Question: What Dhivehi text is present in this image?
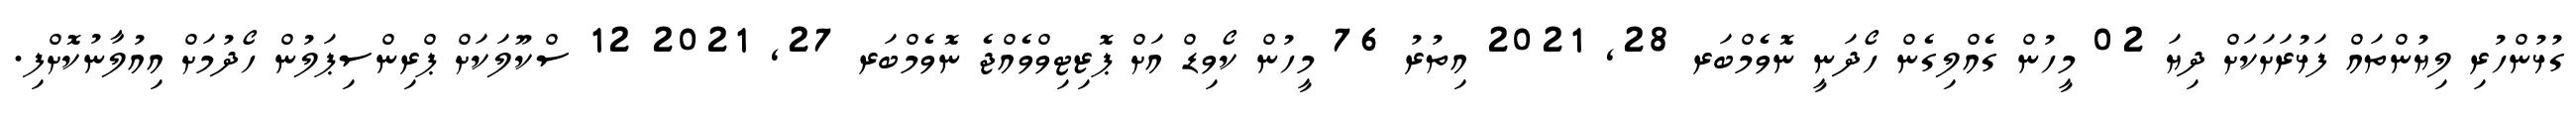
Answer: ގުޅުންހުރި ލިޔުންތައް ފަޅުރަށަކަށް ދިޔަ 02 މީހުން ގެއްލިގެން ހޯދަނީ ނޮވެމްބަރ 28, 2021 އިތުރު 76 މީހުން ކޯވިޑް އަށް ޕޮޒިޓިވްވެއްޖެ ނޮވެމްބަރ 27, 2021 12 ސްކޫލަކަށް ޕްރިންސިޕަލުން ހޯދުމަށް އިއުލާނުކޮށްފި.